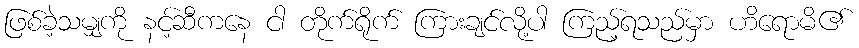
ဖြစ်ခဲ့သမျှကို နင့်ဆီကနေ ငါ တိုက်ရိုက် ကြားချင်လို့ပါ ကြည့်ရသည်မှာ ဟိရောမိ၏